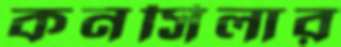
কনসিলার